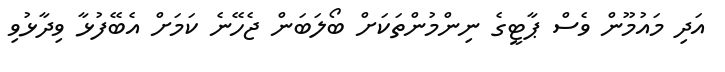
އަދި މައުމޫން ވެސް ޕާޓީގެ ނިންމުންތަކަށް ބޯލަބަން ޖެހޭނެ ކަމަށް އެބޭފުޅާ ވިދާޅުވި